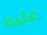
عليه